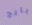
بايج